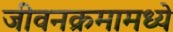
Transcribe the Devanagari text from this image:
जीवनक्रमामध्ये